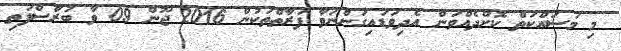
މި މަސައްކަތް ކޮށްދެއްވަން އެދިވަޑައިގަންނަވާ ފަރާތްތަކުން 2016 ޖޫން 09 ވާ ބުރާސްފަތި